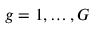
g = 1 , \ldots , G